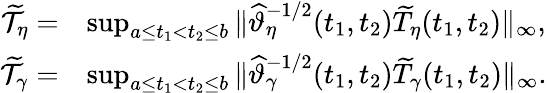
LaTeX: \begin{array}{rl}{\widetilde{\mathcal{T}}_{\eta}=}&{\operatorname*{sup}_{a\le t_{1}<t_{2}\le b}\| \widehat\vartheta_{\eta}^{-1/2}(t_{1},t_{2})\widetilde{T}_{\eta}(t_{1},t_{2})\| _{\infty},}\\ {\widetilde{\mathcal{T}}_{\gamma}=}&{\operatorname*{sup}_{a\le t_{1}<t_{2}\le b}\| \widehat\vartheta_{\gamma}^{-1/2}(t_{1},t_{2})\widetilde{T}_{\gamma}(t_{1},t_{2})\| _{\infty}.}\end{array}